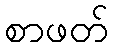
စာဖတ်